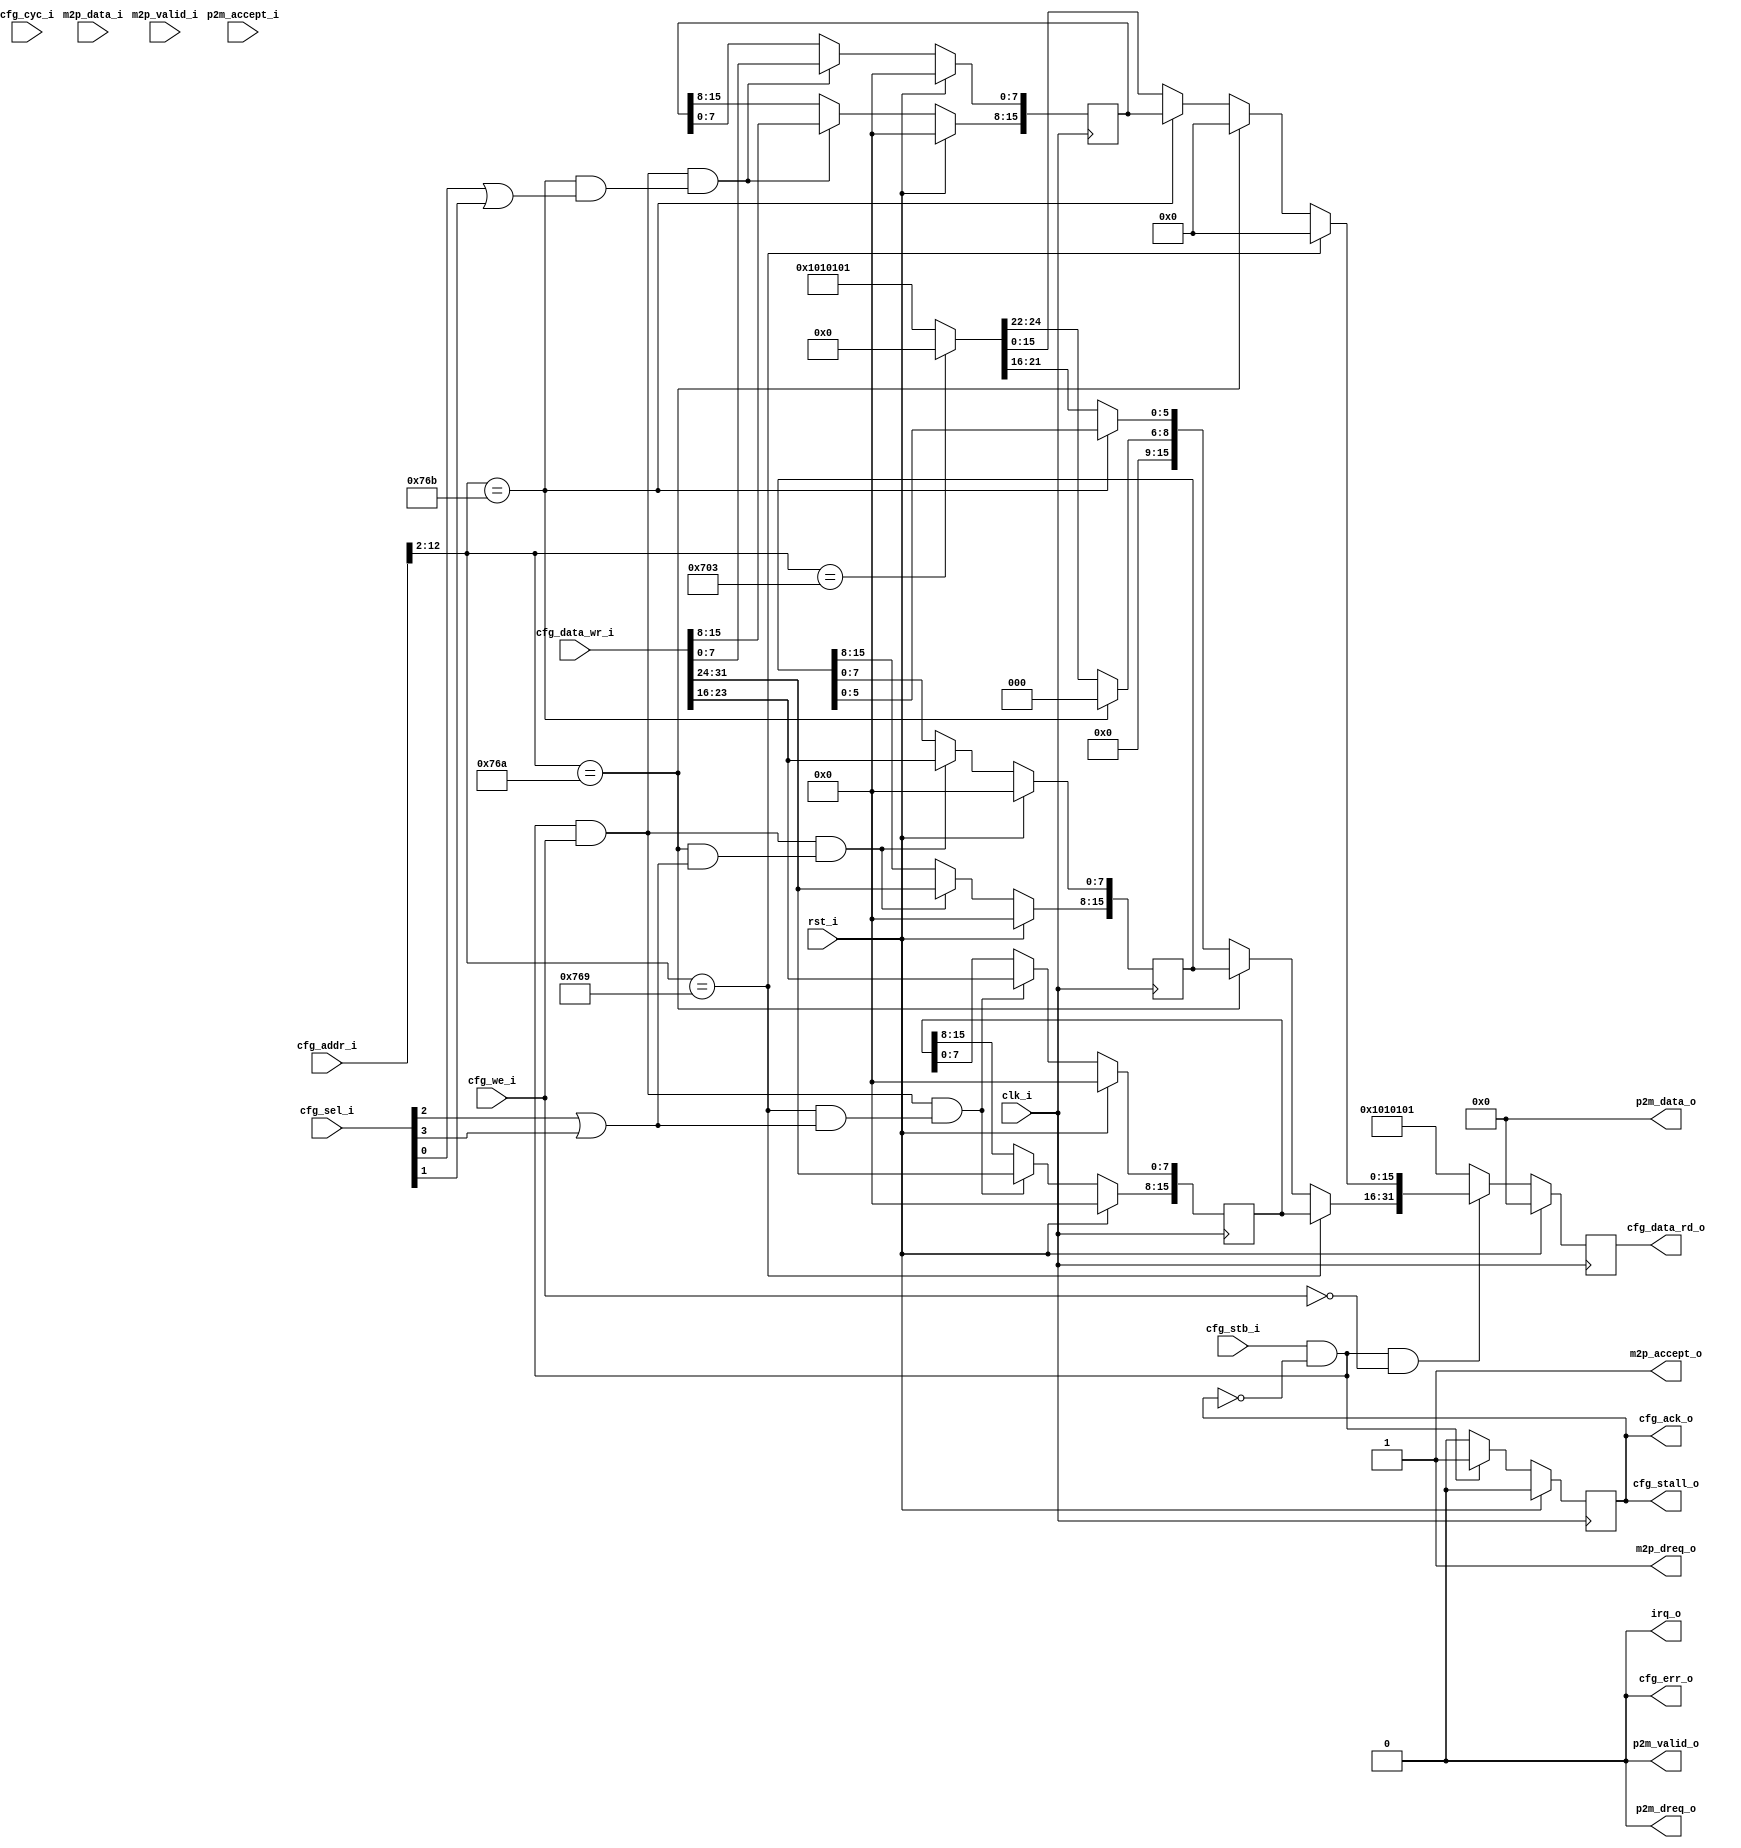
//-----------------------------------------------------------------
// Copyright (c) 2021, admin@ultra-embedded.com
// All rights reserved.
// 
// Redistribution and use in source and binary forms, with or without
// modification, are permitted provided that the following conditions 
// are met:
//   - Redistributions of source code must retain the above copyright
//     notice, this list of conditions and the following disclaimer.
//   - Redistributions in binary form must reproduce the above copyright
//     notice, this list of conditions and the following disclaimer 
//     in the documentation and/or other materials provided with the 
//     distribution.
//   - Neither the name of the author nor the names of its contributors 
//     may be used to endorse or promote products derived from this 
//     software without specific prior written permission.
// 
// THIS SOFTWARE IS PROVIDED BY THE COPYRIGHT HOLDERS AND CONTRIBUTORS 
// "AS IS" AND ANY EXPRESS OR IMPLIED WARRANTIES, INCLUDING, BUT NOT 
// LIMITED TO, THE IMPLIED WARRANTIES OF MERCHANTABILITY AND FITNESS FOR 
// A PARTICULAR PURPOSE ARE DISCLAIMED. IN NO EVENT SHALL THE AUTHOR BE 
// LIABLE FOR ANY DIRECT, INDIRECT, INCIDENTAL, SPECIAL, EXEMPLARY, OR 
// CONSEQUENTIAL DAMAGES (INCLUDING, BUT NOT LIMITED TO, PROCUREMENT OF 
// SUBSTITUTE GOODS OR SERVICES; LOSS OF USE, DATA, OR PROFITS; OR 
// BUSINESS INTERRUPTION) HOWEVER CAUSED AND ON ANY THEORY OF 
// LIABILITY, WHETHER IN CONTRACT, STRICT LIABILITY, OR TORT
// (INCLUDING NEGLIGENCE OR OTHERWISE) ARISING IN ANY WAY OUT OF 
// THE USE OF THIS SOFTWARE, EVEN IF ADVISED OF THE POSSIBILITY OF 
// SUCH DAMAGE.
//-----------------------------------------------------------------
module spu
(
    // Inputs
     input           clk_i
    ,input           rst_i
    ,input  [ 31:0]  cfg_addr_i
    ,input  [ 31:0]  cfg_data_wr_i
    ,input           cfg_stb_i
    ,input           cfg_cyc_i
    ,input  [  3:0]  cfg_sel_i
    ,input           cfg_we_i
    ,input           m2p_valid_i
    ,input  [ 31:0]  m2p_data_i
    ,input           p2m_accept_i

    // Outputs
    ,output [ 31:0]  cfg_data_rd_o
    ,output          cfg_stall_o
    ,output          cfg_ack_o
    ,output          cfg_err_o
    ,output          irq_o
    ,output          m2p_dreq_o
    ,output          m2p_accept_o
    ,output          p2m_dreq_o
    ,output          p2m_valid_o
    ,output [ 31:0]  p2m_data_o
);



//-------------------------------------------------------------------
// SPU Stub
// Consumes DMA data, responds to a few minimal register accesses
//-------------------------------------------------------------------
wire [12:0] reg_addr_w  = {cfg_addr_i[12:2], 2'b0};
wire        reg_write_w = cfg_stb_i && ~cfg_stall_o &&  cfg_we_i;
wire        reg_read_w  = cfg_stb_i && ~cfg_stall_o && ~cfg_we_i;

wire        addr_plus0_w = cfg_sel_i[0];
wire        addr_plus1_w = cfg_sel_i[1];
wire        addr_plus2_w = cfg_sel_i[2];
wire        addr_plus3_w = cfg_sel_i[3];

// 1F801DA6h - Sound RAM Data Transfer Address
wire addr_1F801DA6h_w = (reg_addr_w == 13'h1DA4) & (addr_plus2_w | addr_plus3_w);

// 1F801DAAh - SPU Control Register (SPUCNT)
wire addr_1F801DAAh_w = (reg_addr_w == 13'h1DA8) & (addr_plus2_w | addr_plus3_w);

// 1F801DACh - Sound RAM Data Transfer Control 
wire addr_1F801DACh_w = (reg_addr_w == 13'h1DAC) & (addr_plus0_w | addr_plus1_w);

// 1F801DAEh - SPU Status Register (SPUSTAT) (R)
wire addr_1F801DAEh_w = (reg_addr_w == 13'h1DAC) & (addr_plus2_w | addr_plus3_w);

//-------------------------------------------------------------------
// 1F801DA6h - Sound RAM Data Transfer Address
//-------------------------------------------------------------------
reg [15:0] spudataadr_q;

always @ (posedge clk_i )
if (rst_i)
    spudataadr_q <= 16'b0;
else if (cfg_stb_i && ~cfg_stall_o && cfg_we_i && addr_1F801DA6h_w)
begin
    spudataadr_q[7:0]  <= cfg_data_wr_i[23:16];
    spudataadr_q[15:8] <= cfg_data_wr_i[31:24];
end

//-------------------------------------------------------------------
// 1F801DAAh - SPU Control Register (SPUCNT)
//-------------------------------------------------------------------
reg [15:0] spucnt_q;

always @ (posedge clk_i )
if (rst_i)
    spucnt_q <= 16'b0;
else if (cfg_stb_i && ~cfg_stall_o && cfg_we_i && addr_1F801DAAh_w)
begin
    spucnt_q[7:0]  <= cfg_data_wr_i[23:16];
    spucnt_q[15:8] <= cfg_data_wr_i[31:24];
end

//-------------------------------------------------------------------
// 1F801DACh - Sound RAM Data Transfer Control 
//-------------------------------------------------------------------
reg [15:0] spu_dtc_q;

always @ (posedge clk_i )
if (rst_i)
    spu_dtc_q <= 16'b0;
else if (cfg_stb_i && ~cfg_stall_o && cfg_we_i && addr_1F801DACh_w)
begin
    spu_dtc_q[7:0]  <= cfg_data_wr_i[7:0];
    spu_dtc_q[15:8] <= cfg_data_wr_i[15:8];
end

//-------------------------------------------------------------------
// Read mux
//-------------------------------------------------------------------
reg [31:0] data_r;
always @ *
begin
    data_r = 32'h01010101;

    if (cfg_stb_i && ~cfg_stall_o && ~cfg_we_i)
    begin
        // 1F801DA6h - Sound RAM Data Transfer Address
        if (reg_addr_w == 13'h1DA4)
        begin
            data_r = 32'b0;
            data_r[15+16:0+16] = spudataadr_q;
        end
        // 1F801DAAh - SPU Control Register (SPUCNT)
        else if (reg_addr_w == 13'h1DA8)
        begin
            data_r = 32'b0;
            data_r[15+16:0+16] = spucnt_q;
        end
        else if (reg_addr_w == 13'h1DAC)
        begin
            data_r = 32'b0;

            // 1F801DACh - Sound RAM Data Transfer Control 
            data_r[15:0] = spu_dtc_q;

            // 1F801DAEh - SPU Status Register (SPUSTAT) (R)
            data_r[5+16:0+16] = spucnt_q[5:0];
        end
        // Current ADSR volume (voice 0)
        else if (reg_addr_w == 13'h1C0C)
        begin
            // HACK - 0 has some meaning to F1
            data_r = 32'b0;
        end
    end
end

reg [31:0] data_q;

always @ (posedge clk_i )
if (rst_i)
    data_q <= 32'b0;
else
    data_q <= data_r;

assign cfg_data_rd_o = data_q;

reg ack_q;

always @ (posedge clk_i )
if (rst_i)
    ack_q <= 1'b0;
else if (cfg_stb_i && ~cfg_stall_o)
    ack_q <= 1'b1;
else
    ack_q <= 1'b0;

assign cfg_ack_o     = ack_q;
assign cfg_err_o     = 1'b0;
assign cfg_stall_o   = ack_q;

//-------------------------------------------------------------------
// Combinatorial
//-------------------------------------------------------------------
assign p2m_dreq_o        = 1'b0;
assign p2m_valid_o       = 1'b0;
assign p2m_data_o        = 32'b0;

assign m2p_dreq_o        = 1'b1;
assign m2p_accept_o      = 1'b1;

assign irq_o             = 1'b0;

`ifdef verilator
always @ (posedge clk_i)
if (m2p_valid_i && m2p_accept_o)
begin
    $display("[SPU_M2P] %08x", m2p_data_i);
end
`endif

endmodule